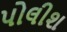
પોલીશ